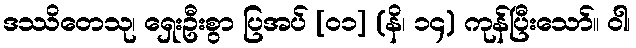
ဒဿိတေသု၊ ရှေးဦးစွာ ပြအပ် [၀၁] (နိ၊ ၁၄) ကုန်ပြီးသော်။ ဝါ၊